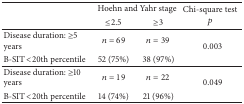
|  | <COLSPAN=2> Hoehn and Yahr stage | <ROWSPAN=2> Chi-square test p |
 |  | ≤2.5 | ≥3 |
 | --- | --- | --- | --- |
 | Disease duration: ≥5 years | n = 69 | n = 39 | <ROWSPAN=2> 0.003 |
 | B-SIT <20th percentile | 52 (75%) | 38 (97%) |
 | Disease duration: ≥10 years | n = 19 | n = 22 | <ROWSPAN=2> 0.049 |
 | B-SIT <20th percentile | 14 (74%) | 21 (96%) |